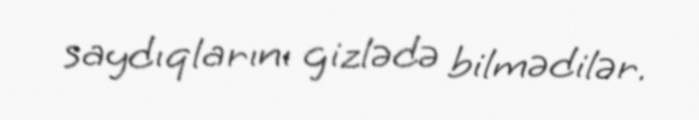
saydıqlarını gizlədə bilmədilər.